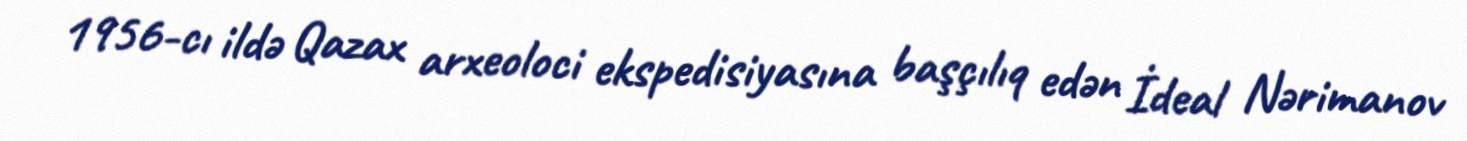
1956-cı ildə Qazax arxeoloci ekspedisiyasına başçılıq edən İdeal Nərimanov